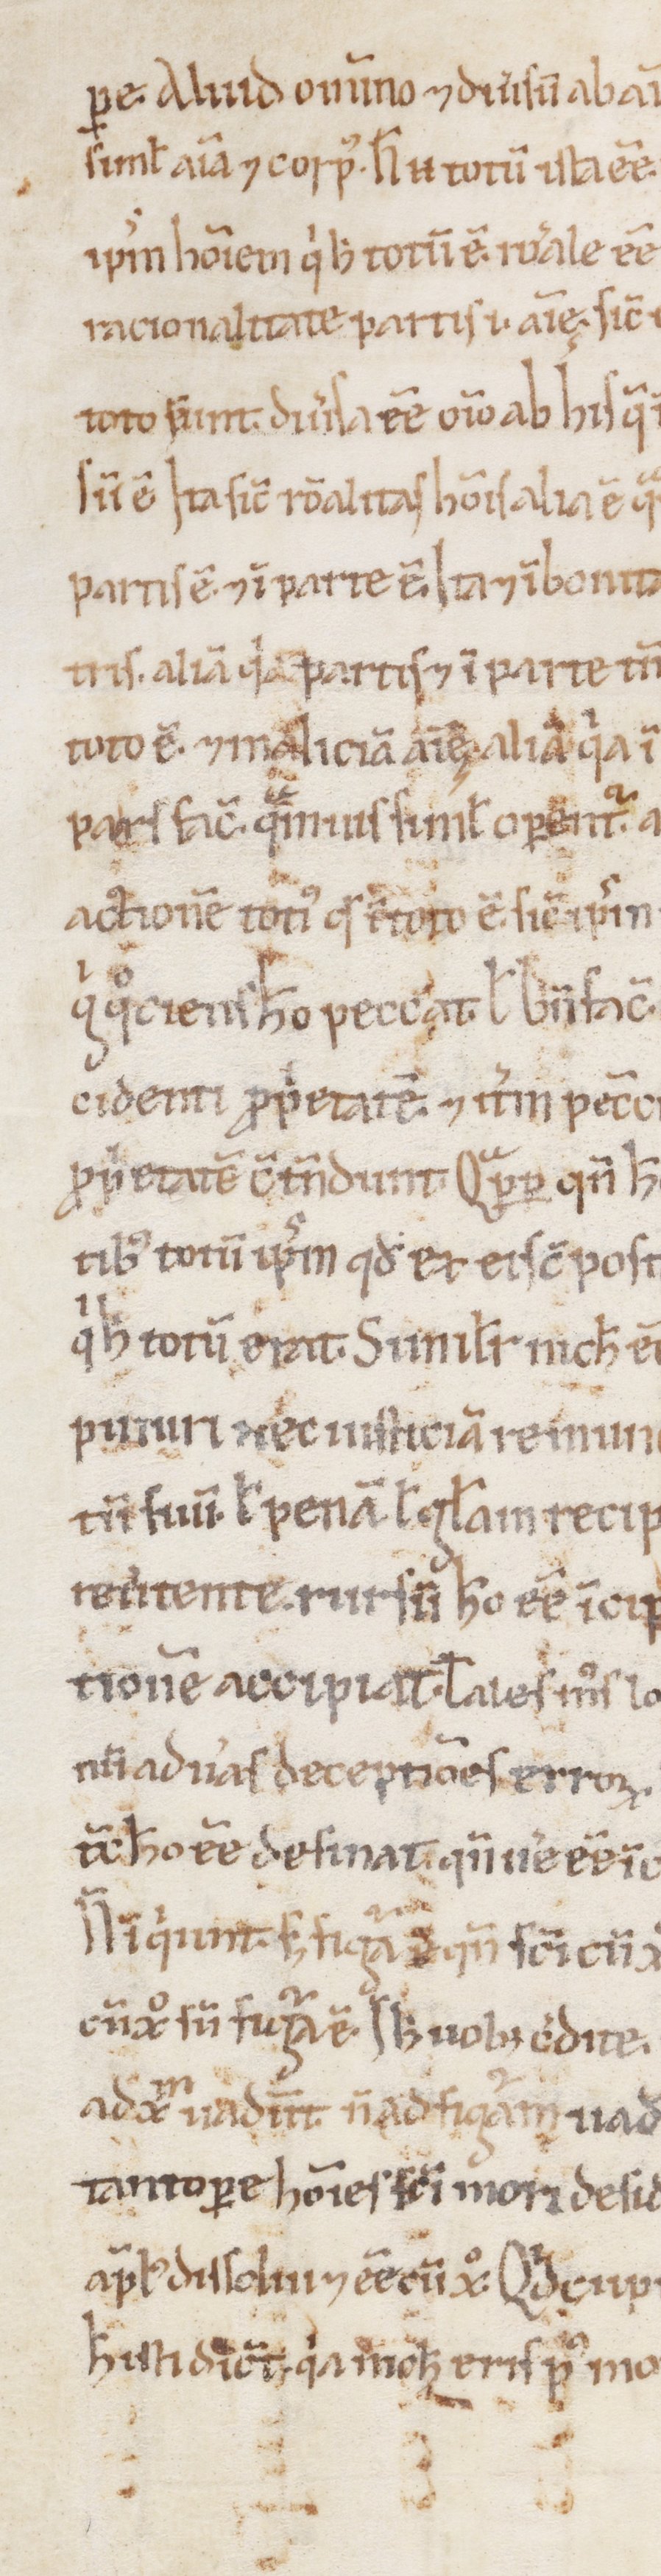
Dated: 1100–1199